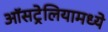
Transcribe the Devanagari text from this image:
ऑसट्रेलियामध्ये